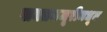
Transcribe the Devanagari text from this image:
सक्तमजूरीमधून